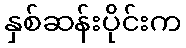
နှစ်ဆန်းပိုင်းက